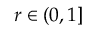
r \in ( 0 , 1 ]